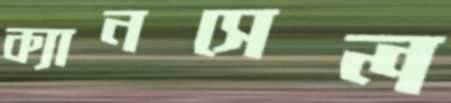
ক্যানসেল